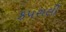
કપરાલી